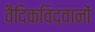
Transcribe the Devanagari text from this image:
वैदिकविद्वानों